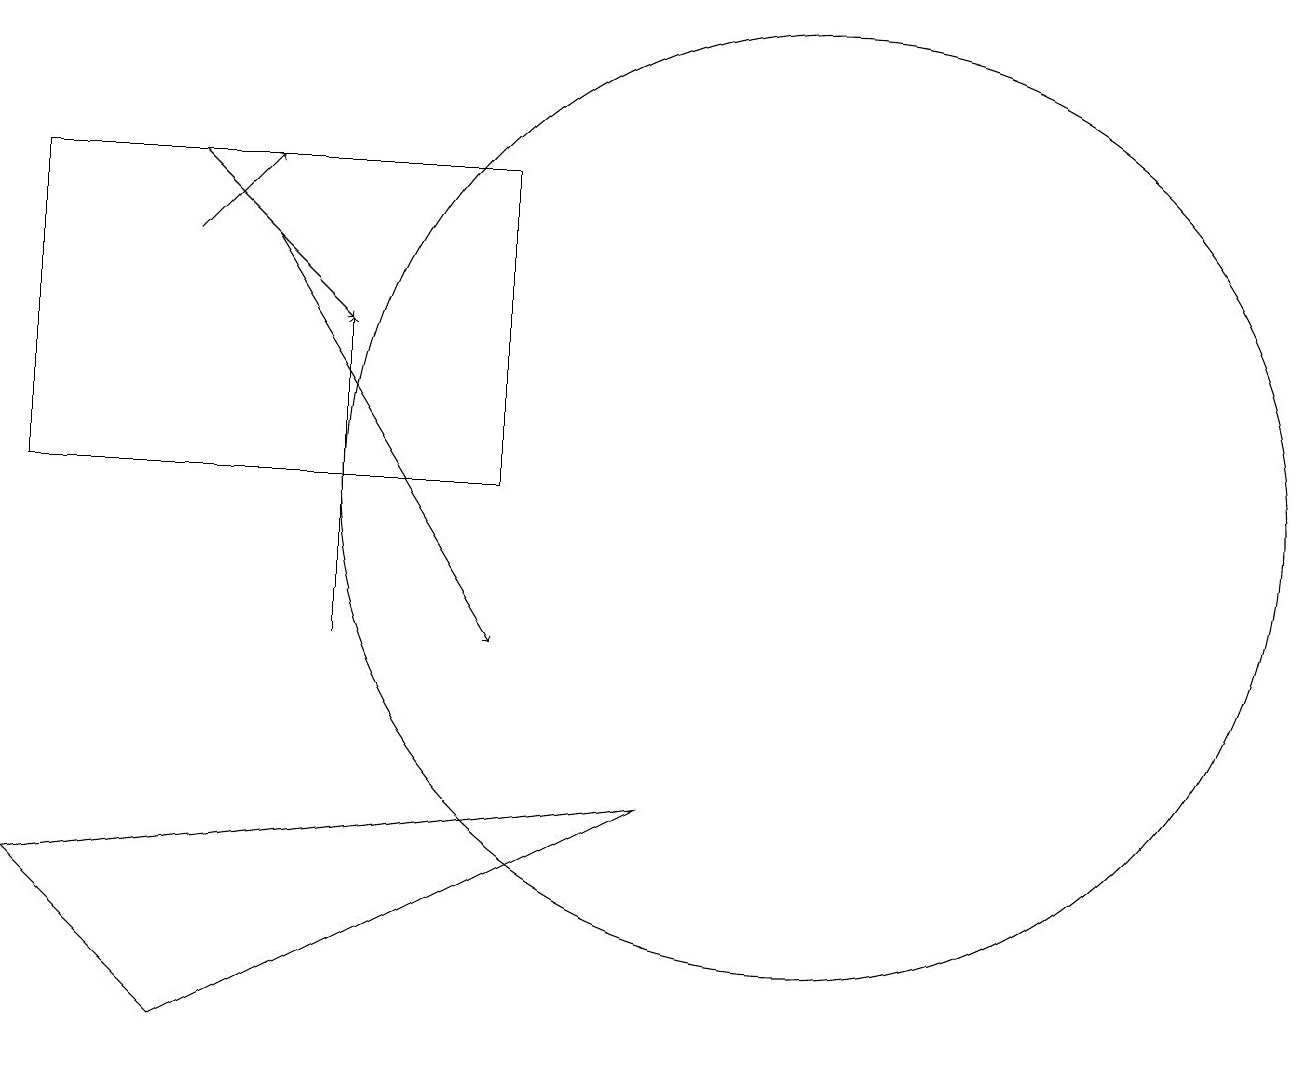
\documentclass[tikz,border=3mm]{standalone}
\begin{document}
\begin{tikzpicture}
\draw (2,5) -- (0,7) -- (8,8) -- cycle;
\draw[->] (2,15) -- (3,16);
\draw[->] (2,16) -- (4,14);
\draw[->] (4,10) -- (4,14);
\draw[->] (3,15) -- (6,10);
\draw (10,12) circle (6);
\draw (6,12) rectangle (0,16);
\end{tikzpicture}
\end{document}